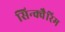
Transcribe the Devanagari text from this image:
सिन्क्वैरिम